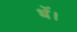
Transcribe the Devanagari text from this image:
थॅ।